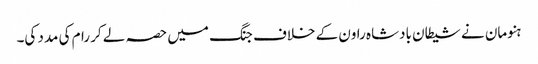
ہنومان نے شیطان بادشاہ راون کے خلاف جنگ میں حصہ لے کر رام کی مدد کی۔